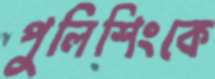
পুলিশিংকে